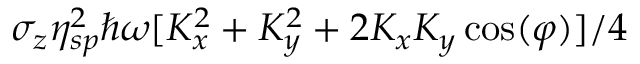
\sigma _ { z } \eta _ { s p } ^ { 2 } \hbar \omega [ K _ { x } ^ { 2 } + K _ { y } ^ { 2 } + 2 K _ { x } K _ { y } \cos ( \varphi ) ] / 4